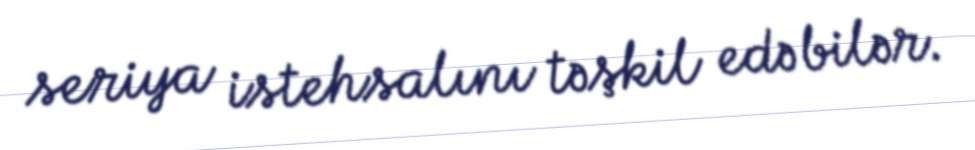
seriya istehsalını təşkil edə bilər.